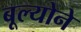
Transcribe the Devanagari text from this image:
बूल्योने